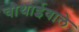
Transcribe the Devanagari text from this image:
चौथाईवाले